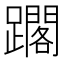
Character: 𨆿